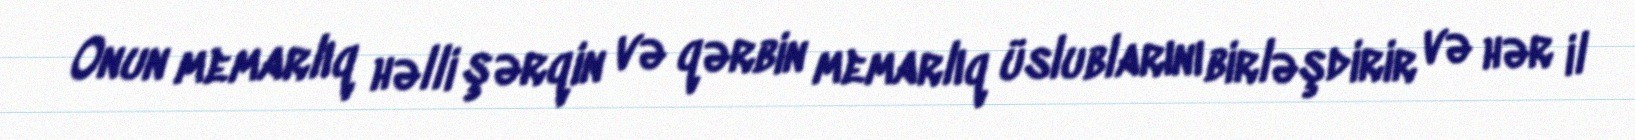
Onun memarlıq həlli şərqin və qərbin memarlıq üslublarını birləşdirir və hər il